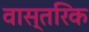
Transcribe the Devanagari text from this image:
वास्तरिक